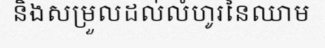
និងសម្រួលដល់លំហូរនៃឈាម